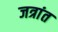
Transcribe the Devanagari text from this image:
जत्रांत